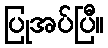
ပြုအပ်ပြီ။